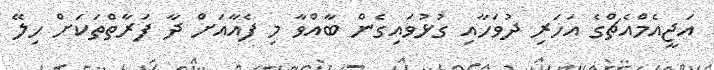
އަޖީއެމްއެޗްގެ އަހަރި ދުވަހާއި ގުޅުވައިގެން ބާއްވާ މި ފެއާއަށް ދާ ފަރާތްތަކަށް ހިލޭ